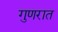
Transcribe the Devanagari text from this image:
गुणरात